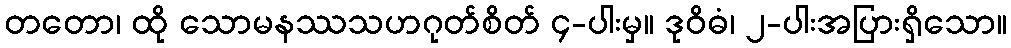
တတော၊ ထို သောမနဿသဟဂုတ်စိတ် ၄-ပါးမှ။ ဒုဝိဓံ၊ ၂-ပါးအပြားရှိသော။